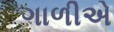
ગાળીએ